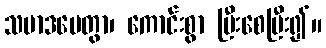
သမာဒပေတွာ၊ ကောင်းစွာ ပြီးစေပြီး၍။